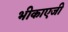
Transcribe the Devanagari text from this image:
भीकाएजी